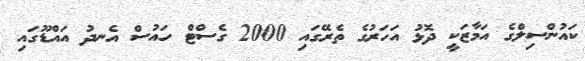
ކައުންސިލްގެ އަމާޒަކީ ދޮޅު އަހަރުގެ ތެރޭގައި 2000 ގެސްޓް ހައުސް އެނދު އައްޑޫގައި